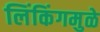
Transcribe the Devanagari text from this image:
लिंकिंगमुळे